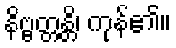
နိဗ္ဗတ္တန္တိ၊ ကုန်၏။